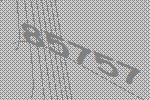
85757